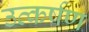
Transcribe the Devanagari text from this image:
उत्कर्षण